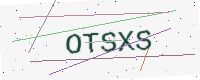
Text: OTSXS